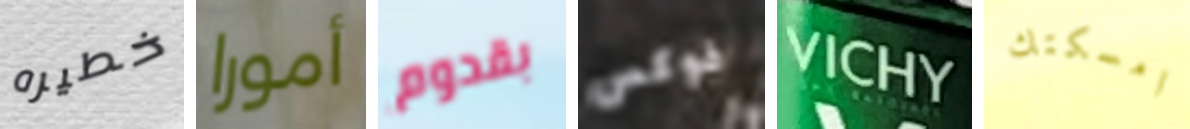
خطيره أمورا بقدوم فوكس VICHY امسكتك